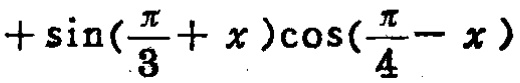
$+\sin(\frac{\pi}{3}+x)\cos(\frac{\pi}{4}-x)$